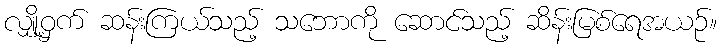
လျှို့ဝှက် ဆန်းကြယ်သည့် သဘောကို ဆောင်သည့် ဆိန်းမြစ်ရေအယဉ်။